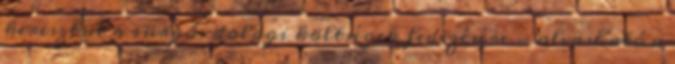
keresztül a sürgős dologi költségek fedezésére - olvasható a